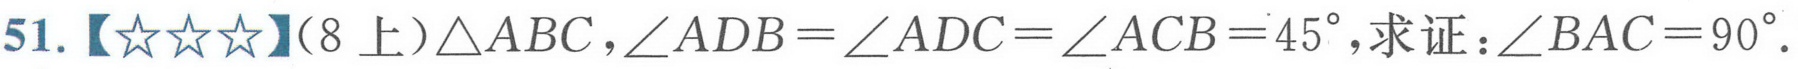
51.【★★★】（8上）\(\triangle ABC\)，\(\angle ADB=\angle ADC=\angle ACB = 45^{\circ}\)，求证：\(\angle BAC = 90^{\circ}\).